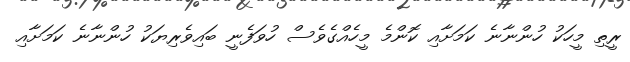
ރީތި މީހަކު ހުންނާނެ ކަމަށާއި ކޮންމެ މީހެއްގެވެސް ހުވަފެނީ ބައިވެރިޔަކު ހުންނާނެ ކަމަށާއި